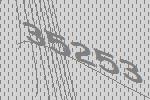
35253